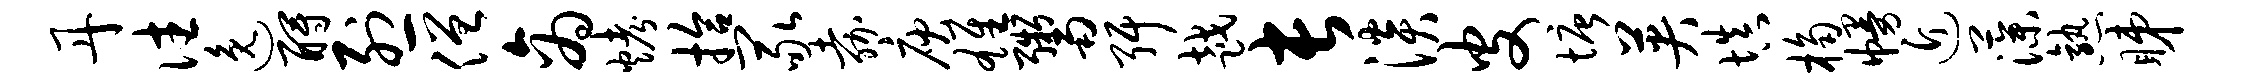
丹往逸酹烈僧商烤拾冢嘉庾雄鬻弭越长淡皮塘英填桷幔近藻熟睇